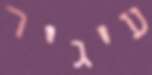
ע'ג'ר